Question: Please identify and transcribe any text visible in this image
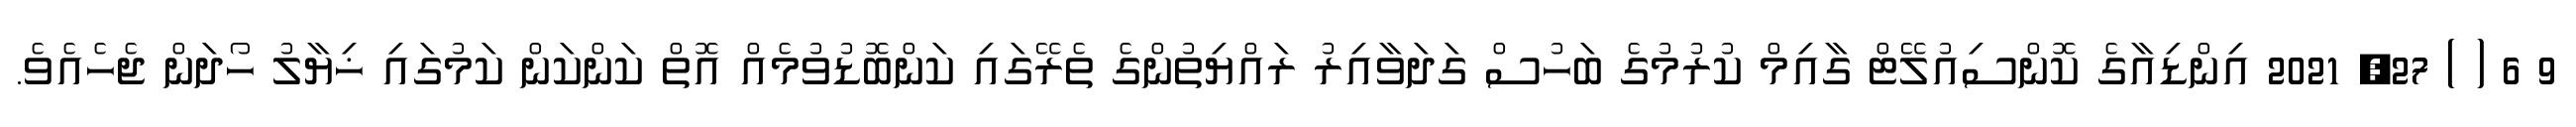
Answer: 9 6 ( ) 27, 2021 އިންޑިއާގެ ކޮންސިއުލޭޓް ގާއިމް ކުރުމުގެ ބަހުސް ގަދަވާއިރު ރައްޔިތުންގެ ތެރޭގައި ކަންބޮޑުވުމެއް އޮތް ކަންކަން ކަމުގައި ޚިޔާލު ހޯދަން ޖެހެއެވެ.